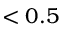
< 0 . 5